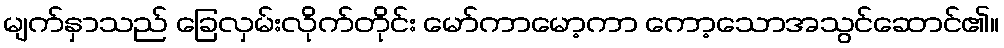
မျက်နှာသည် ခြေလှမ်းလိုက်တိုင်း မော်ကာမော့ကာ ကော့သောအသွင်ဆောင်၏။